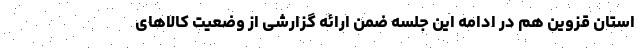
استان قزوین هم در ادامه این جلسه ضمن ارائه گزارشی از وضعیت کالاهای